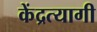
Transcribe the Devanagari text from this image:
केंद्रत्यागी